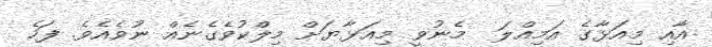
އާއި މިއަޅާގެ އަމިއްލަ  މެނުވީ މިއަޅާޔަށް މިލްކުވެގެނެއް ނުވެއެވެ. ފަހެ